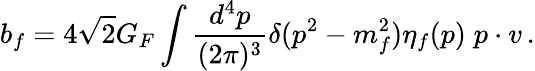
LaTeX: b_{f}=4\sqrt{2}G_{F}\int\frac{d^{4}p}{(2\pi)^{3}}\delta(p^{2}-m_{f}^{2})\eta_{f}(p)\; p\cdot v\, .